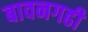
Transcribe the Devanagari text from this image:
बावनगढी